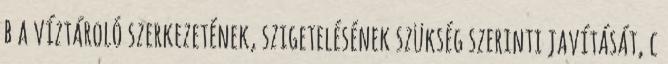
b a víztároló szerkezetének, szigetelésének szükség szerinti javítását, c